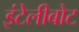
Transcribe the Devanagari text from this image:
इंटेलीबोट